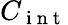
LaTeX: C_{\mathrm{~i~n~t~}}